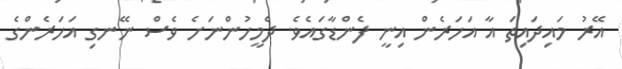
އޭރު މައިދައިތަ އާ އަހަރެން އިނީ ފެންޑާގައެވެ. ދެމީހުންނަށެ ވެސް ނޭނގި އަހަރެންގެ